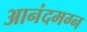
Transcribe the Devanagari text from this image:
आनंदमग्न